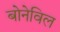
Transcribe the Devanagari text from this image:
बोनेविल